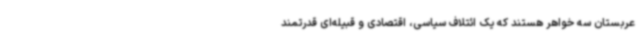
عربستان سه خواهر هستند که یک ائتلاف سیاسی، اقتصادی و قبیله‌ای قدرتمند